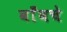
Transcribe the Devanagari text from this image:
बाँबचे